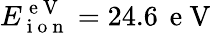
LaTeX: E_{\mathrm{~i~o~n~}}^{\mathrm{~e~V~}}=24.6\, \mathrm{~e~V~}